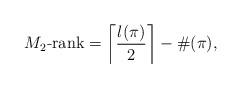
LaTeX: \begin{align*}M_2\mbox{-rank} = \left\lceil\frac{l(\pi)}{2} \right\rceil - \#(\pi),\end{align*}